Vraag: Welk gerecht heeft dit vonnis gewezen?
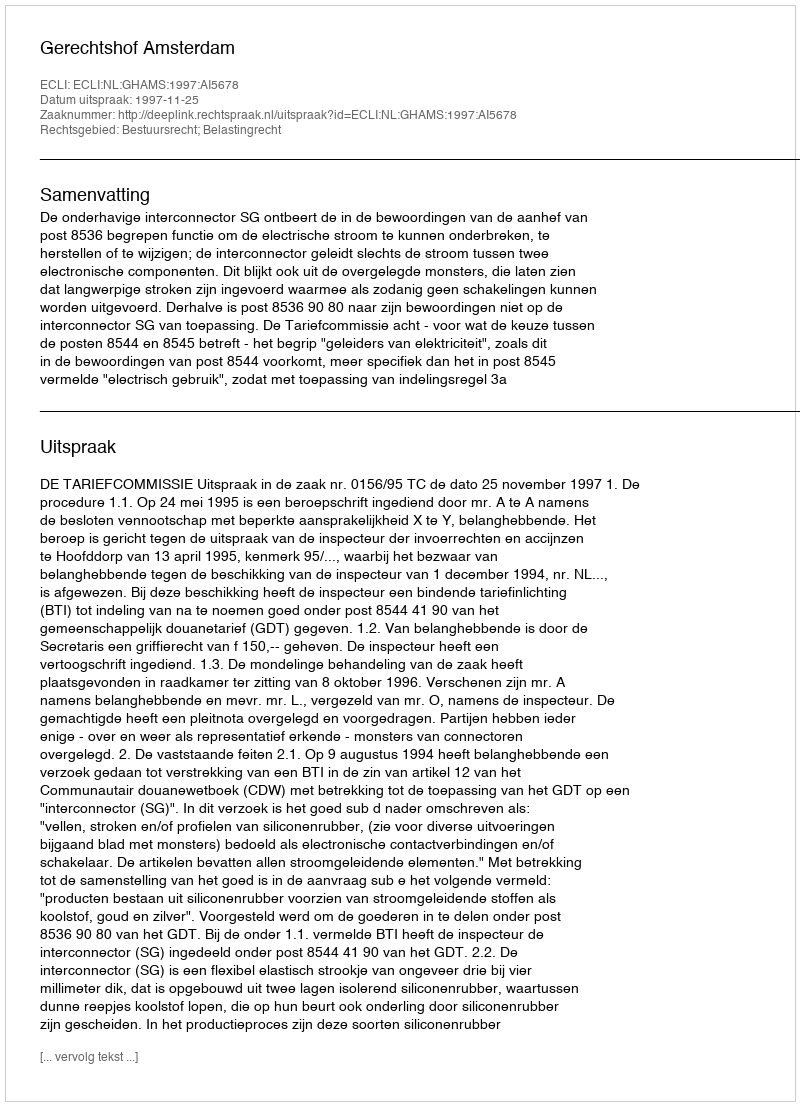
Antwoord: Gerechtshof Amsterdam